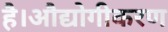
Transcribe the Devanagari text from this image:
है।औद्योगीकरण